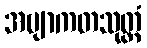
အဗျာကတသုတ္တံ